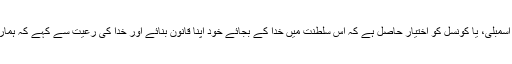
نہ کسی شخص یا پارلیمنٹ یا اسمبلی، یا کونسل کو اختیار حاصل ہے کہ اس سلطنت میں خدا کے بجائے خود اپنا قانون بنائے اور خدا کی رعیت سے کہے کہ ہمارے اس قانون کی پیروی کرو۔